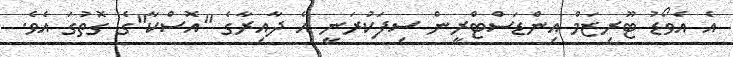
އެ އެވޯޑު ޓޫރިޒަމް އިންޑަސްޓްރީން ސިފަކުރަނީ އެ ދާއިރާގެ "އޮސްކާ"ގެ ގޮތުގަ އެވެ.